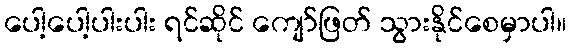
ပေါ့ပေါ့ပါးပါး ရင်ဆိုင် ကျော်ဖြတ် သွားနိုင်စေမှာပါ။